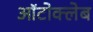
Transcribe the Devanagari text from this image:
ऑटोक्लेब